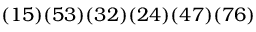
( 1 5 ) ( 5 3 ) ( 3 2 ) ( 2 4 ) ( 4 7 ) ( 7 6 )